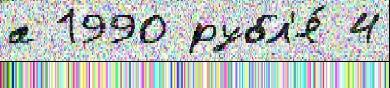
а 1990 рубл'я́ 4